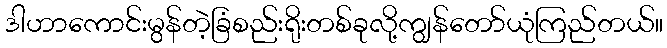
ဒါဟာကောင်းမွန်တဲ့ခြံစည်းရိုးတစ်ခုလို့ကျွန်တော်ယုံကြည်တယ်။